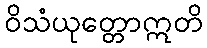
ဝိသံယုတ္တောဣတိ